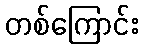
တစ်ကြောင်း